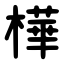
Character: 樺